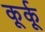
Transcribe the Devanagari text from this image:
कूर्कू